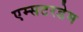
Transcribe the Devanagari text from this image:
एम्सटरडेम